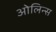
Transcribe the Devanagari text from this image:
ओलिन्स